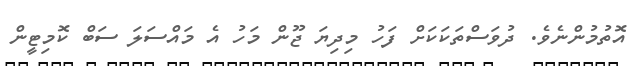
އޮތުމުންނެވެ. ދުވަސްތަކަކަށް ފަހު މިދިޔަ ޖޫން މަހު އެ މައްސަލަ ސަބް ކޮމިޓީން